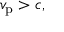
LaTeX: v _ { \mathrm { p } } > c ,